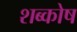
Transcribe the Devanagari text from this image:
शब्कोष